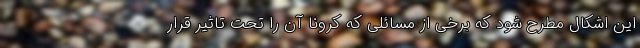
این اشکال مطرح شود که برخی از مسائلی که کرونا آن را تحت تاثیر قرار